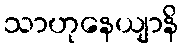
သာဟုနေယျာနိ